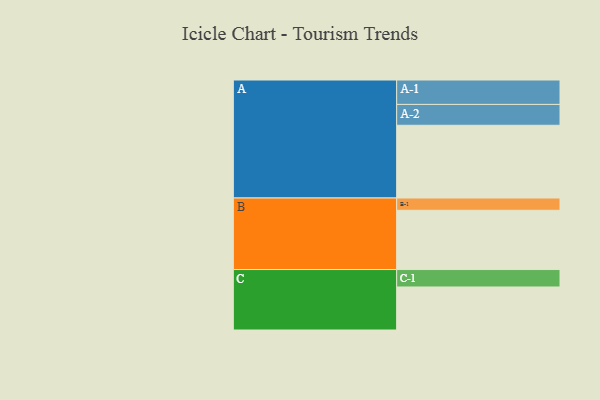
{"axis": {"x": "Segment", "y": "Value"}, "legend": ["", "A", "B", "C"], "data": [{"x": "A", "y": 551, "type": ""}, {"x": "B", "y": 449, "type": ""}, {"x": "C", "y": 326, "type": ""}, {"x": "A-1", "y": 185, "type": "A"}, {"x": "A-2", "y": 158, "type": "A"}, {"x": "B-1", "y": 93, "type": "B"}, {"x": "C-1", "y": 132, "type": "C"}]}